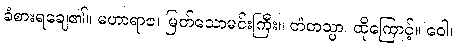
ခံစားရချေ၏။ မဟာရာဇ၊ မြတ်သောမင်းကြီး။ တံတသ္မာ၊ ထိုကြောင့်။ ဝေါ၊